Lunatic asylums Central Provinces reports 1886-1894 - 1886-1894
Year: 1886
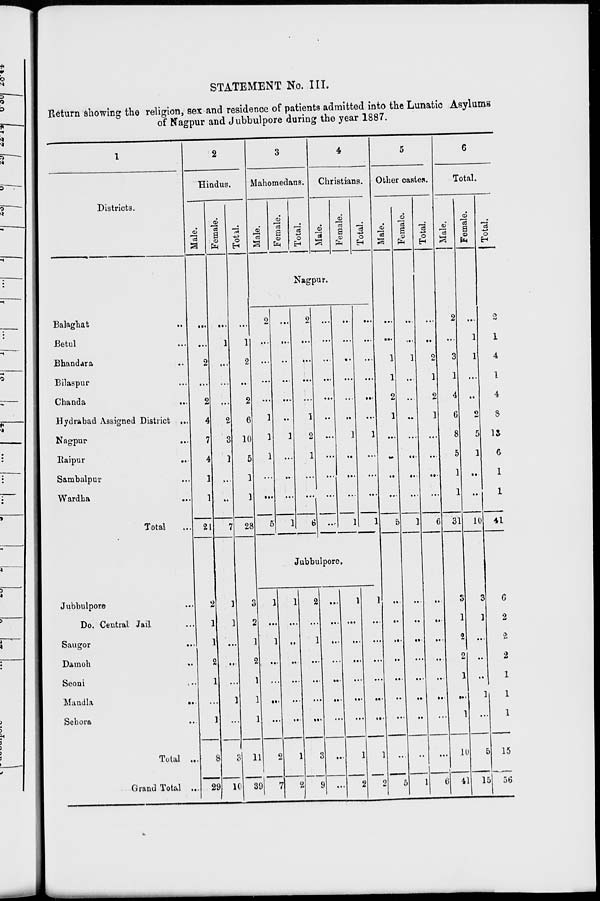
STATEMENT No. III.
Return showing the religion, sex and residence of patients admitted into the Lunatic Asylums
of Nagpur and Jubbulpore during the year 1887.
1
Districts.
Balaghat ...
Betul ...
Bhandara ...
Bilaspur ...
Chanda ...
Hydrabad Assigned District ...
Nagpur ...
Raipur
...
Sambalpur ...
Wardha ...
Total ...
Jubbulpore ...
Do. Central Jail ...
Saugor ...
Damoh ...
Seoni ...
Mandla
...
Sehora ...
Total ...
Grand Total ...
2
Hindus.
Male.
...
...
2
...
2
4
7
4
1
1
21
2
1
1
2
1
...
1
8
29
Female.
...
1
...
...
...
2
3
1
...
...
7
1
1
...
...
...
1
...
3
10
Total.
...
1
2
...
2
6
10
5
1
1
28
3
2
1
2
1
1
1
11
39
3
Mahomedans.
Male.
Female.
Total.
4
Christians.
Male.
Female.
Total.
Nagpur.
2
...
...
...
...
1
1
1
...
...
5
...
...
..
...
...
...
1
...
...
...
1
2
...
...
...
...
1
2
1
...
...
6
...
...
...
...
...
...
...
...
...
...
...
...
...
...
...
...
...
1
...
...
...
1
...
...
...
...
...
...
1
...
...
...
1
Jubbulpore.
1
...
1
...
...
...
...
2
7
1
...
...
...
...
...
...
1
2
2
...
1
...
...
...
...
3
9
...
...
...
...
...
...
...
...
...
1
...
...
...
...
...
...
1
2
1
...
...
...
...
...
...
1
2
5
Other castes.
Male.
...
...
1
1
2
1
...
...
...
...
5
...
...
...
...
...
...
...
...
5
Female.
...
...
1
...
...
...
...
...
...
...
1
...
...
...
...
...
...
...
...
1
Total.
...
...
2
1
2
1
...
...
...
...
6
...
...
...
...
...
...
...
...
6
6
Total.
Male.
2
...
3
1
4
6
8
5
1
1
31
3
1
2
2
1
...
1
10
41
Female.
...
1
1
...
...
2
5
1
...
...
10
3
1
...
...
...
1
...
5
15
Total.
2
1
4
1
4
8
13
6
1
1
41
6
2
2
2
1
1
1
15
56